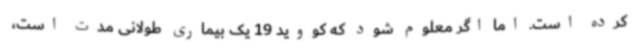
کرده است. اما اگر معلوم شود که کووید 19 یک بیماری طولانی مدت است،